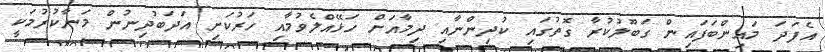
އެފަދަ މައިންބަފައިން ގަބޫލުކުރާ ގޮތުގައި ކުދިންނާއި ދިމާއަށް ހަޅޭއްލެވުމާއި ހަރުކަށި އަދަބުދިނުން މަނާކުރުމަކީ